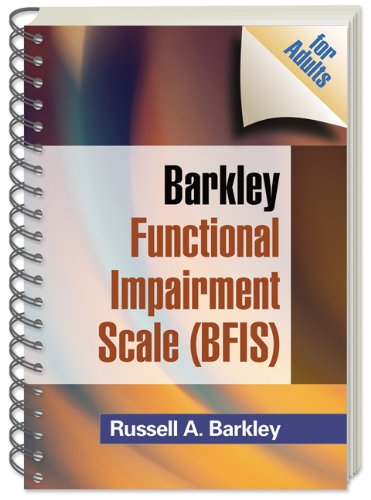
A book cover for Barkley Functional Impairment Scale (BFIS for Adults); Russell A. Barkley PhD  ABPP  ABCN; Law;